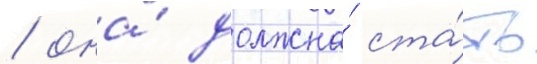
/ она́ должна́ ста́ть